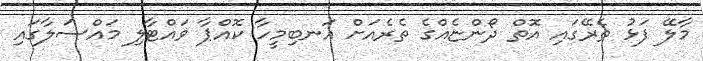
މާލޭ ފަޅު ތެރޭގައި އޮތް ދޯންޏެއްގެ ތެރެއަށް އަނބިމީހާ ކޮއްޕާ ވައްޓާލި މައްސަލާގައި